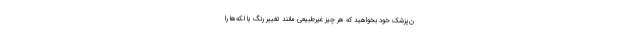
ن‌پزشک خود بخواهید که هر چیز غیرطبیعی مانند تغییر رنگ یا لکه‌ها را